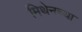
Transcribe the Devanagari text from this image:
मिथेनच्या